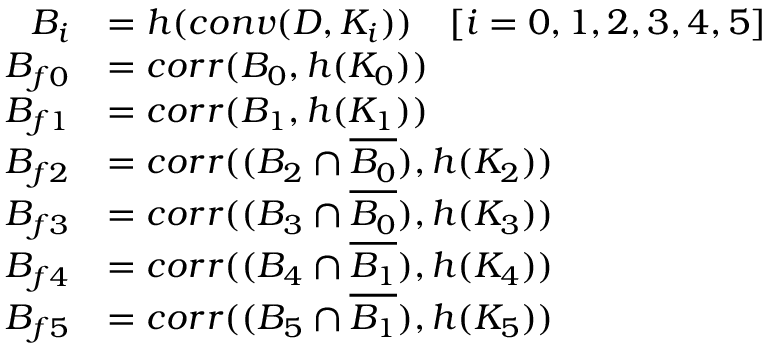
\begin{array} { r l } { B _ { i } } & { = h ( c o n v ( D , K _ { i } ) ) \quad [ i = 0 , 1 , 2 , 3 , 4 , 5 ] } \\ { B _ { f 0 } } & { = c o r r ( B _ { 0 } , h ( K _ { 0 } ) ) } \\ { B _ { f 1 } } & { = c o r r ( B _ { 1 } , h ( K _ { 1 } ) ) } \\ { B _ { f 2 } } & { = c o r r ( ( B _ { 2 } \cap \overline { { B _ { 0 } } } ) , h ( K _ { 2 } ) ) } \\ { B _ { f 3 } } & { = c o r r ( ( B _ { 3 } \cap \overline { { B _ { 0 } } } ) , h ( K _ { 3 } ) ) } \\ { B _ { f 4 } } & { = c o r r ( ( B _ { 4 } \cap \overline { { B _ { 1 } } } ) , h ( K _ { 4 } ) ) } \\ { B _ { f 5 } } & { = c o r r ( ( B _ { 5 } \cap \overline { { B _ { 1 } } } ) , h ( K _ { 5 } ) ) } \end{array}